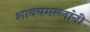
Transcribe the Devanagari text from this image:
शाक्यमल्लांनी